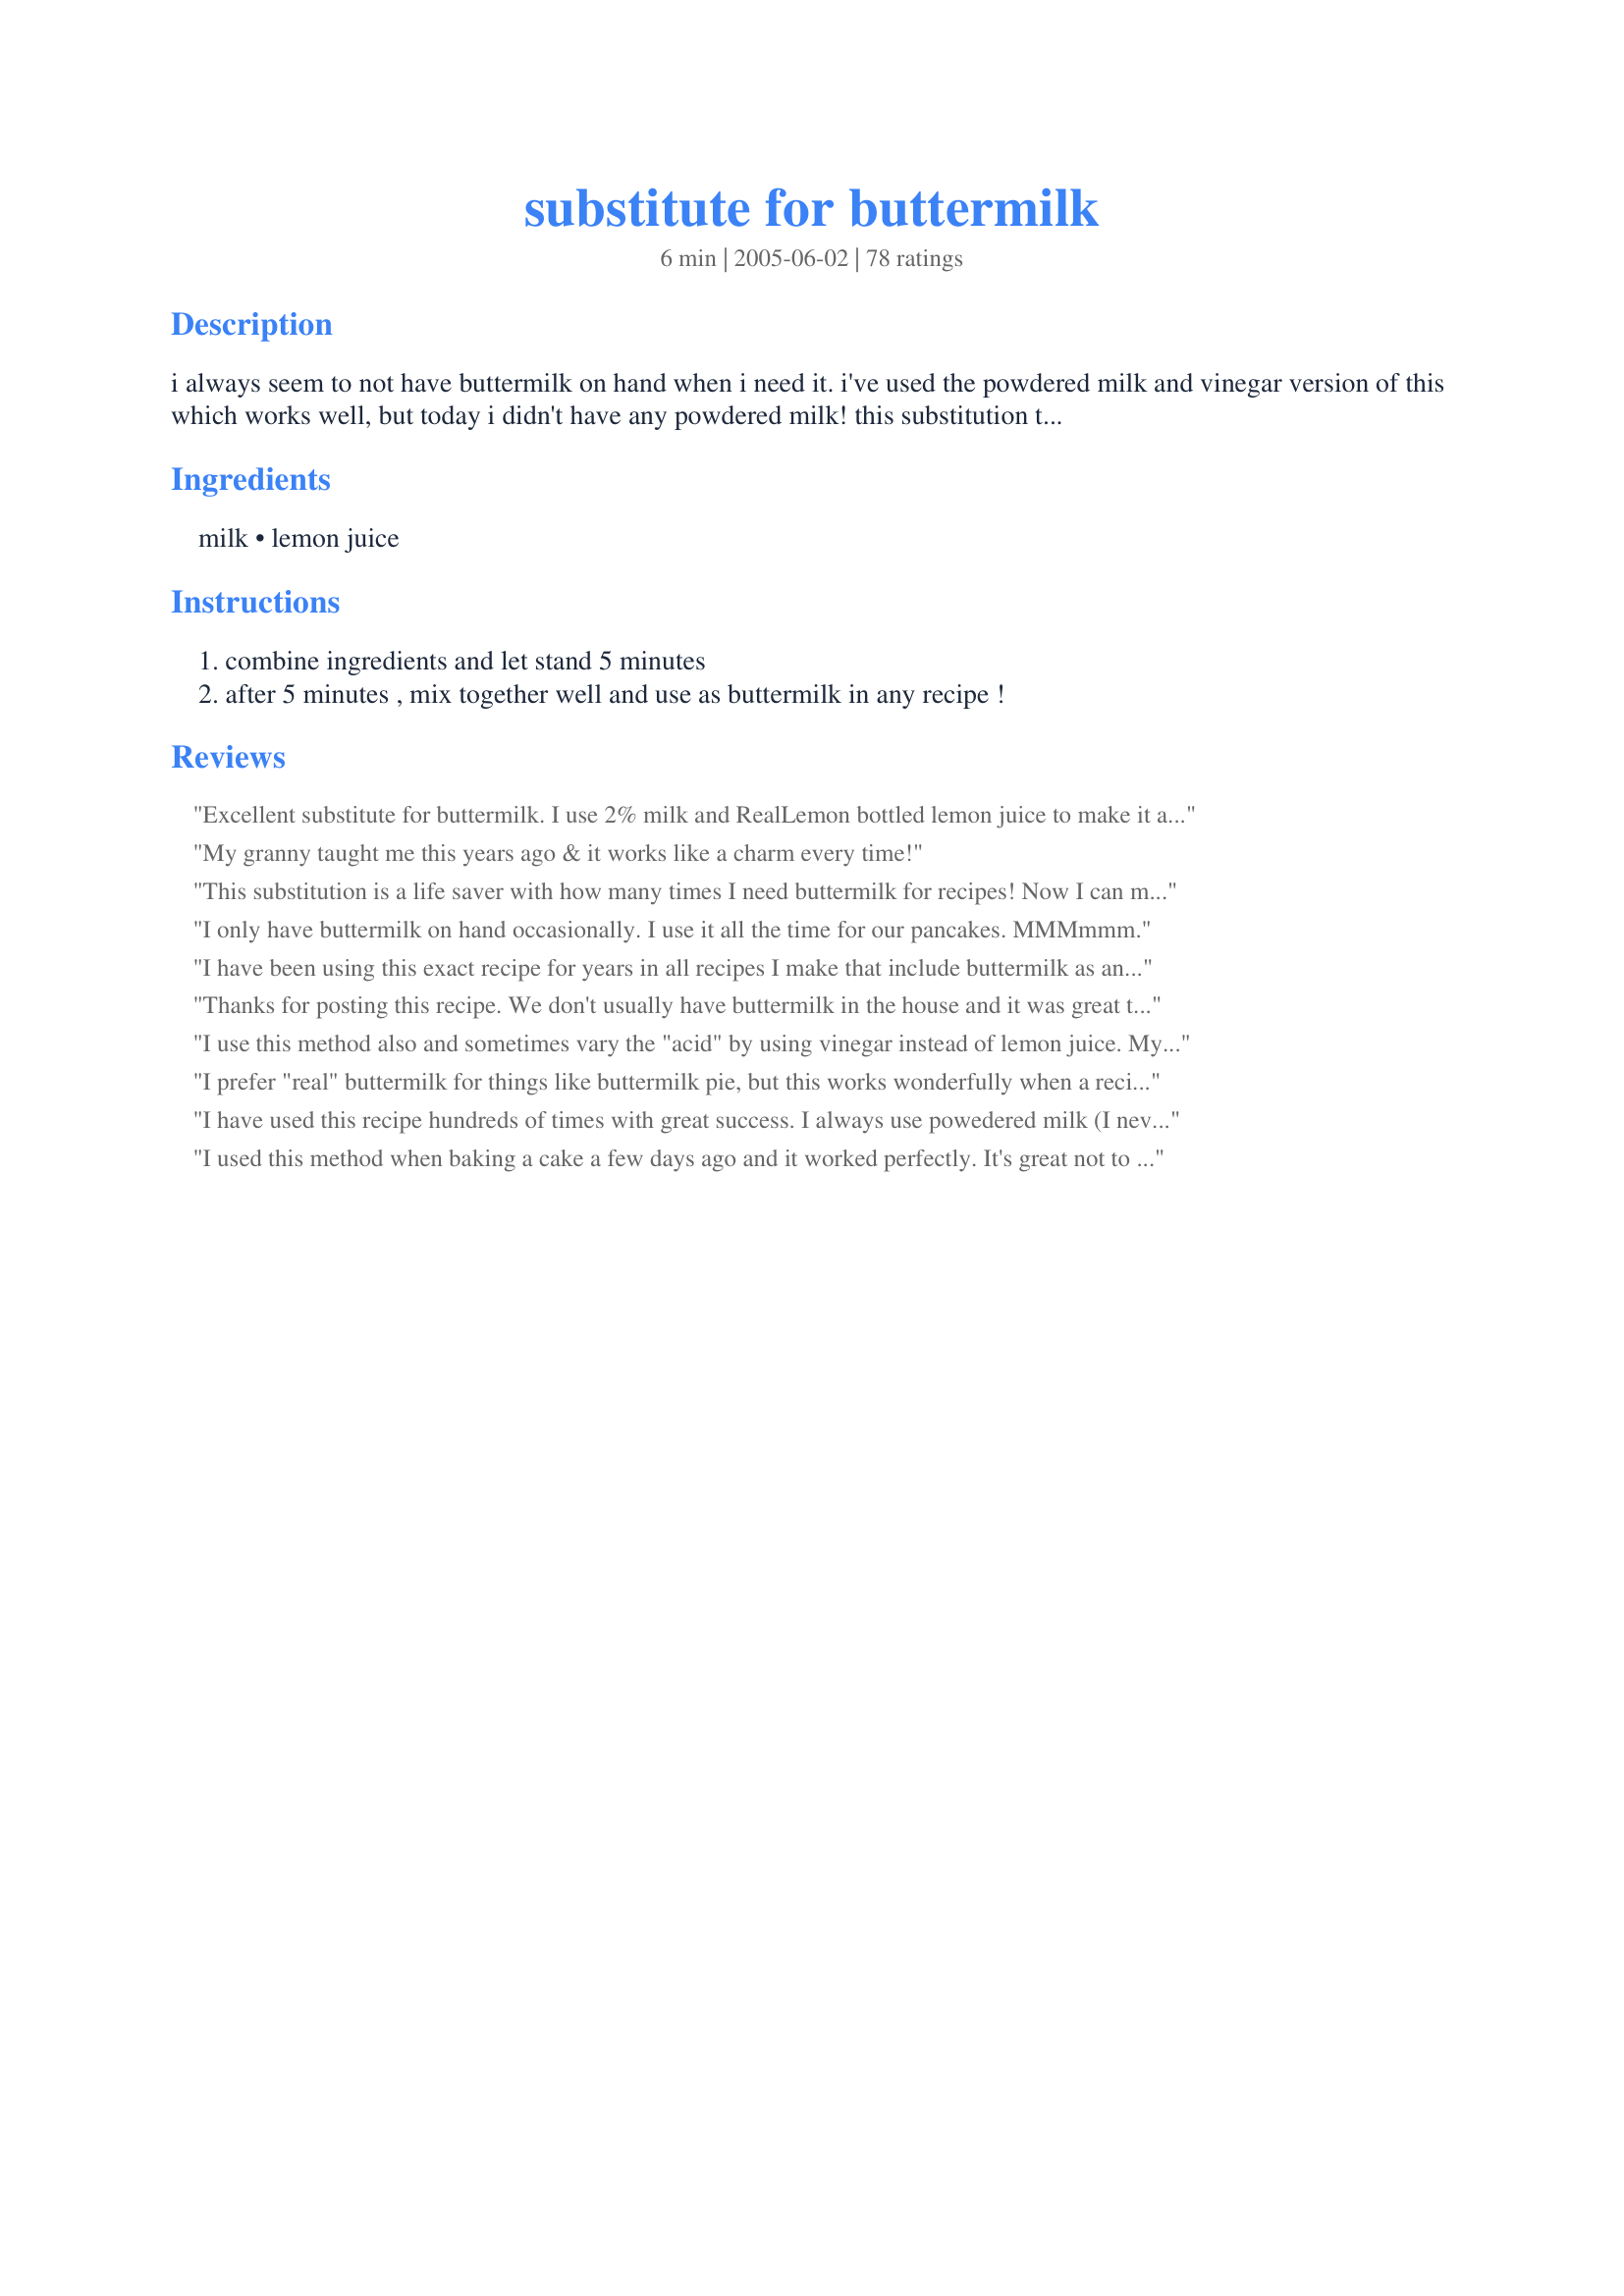
substitute for buttermilk
Preparation time: 6 minutes

i always seem to not have buttermilk on hand when i need it. i've used the powdered milk and vinegar version of this which works well, but today i didn't have any powdered milk! this substitution that i found on the internet works just as well.

Ingredients:
milk, lemon juice

Steps:
combine ingredients and let stand 5 minutes, after 5 minutes , mix together well and use as buttermilk in any recipe !

Reviews:
Excellent substitute for buttermilk. I use 2% milk and RealLemon bottled lemon juice to make it and use it all the time in baking recipes. I don't buy buttermilk because my family doesn't care to drink it and it would get wasted. I have printed your recipe and added it to my 'zaar favorites' three-ring binder. Thanks for posting.
My granny taught me this years ago & it works like a charm every time!
This substitution is a life saver with how many times I need buttermilk for recipes! Now I can make them more often thanks to you!
I only have buttermilk on hand occasionally. I use it all the time for our pancakes. MMMmmm.
I have been using this exact recipe for years in all recipes I make that include buttermilk as an ingredient (I always use the lemon juice). It has never failed me. Excellent substitute; thanks for sharing KC_Cooker.
Thanks for posting this recipe. We don't usually have buttermilk in the house and it was great to turn to this recipe when I was making another recipe that required buttermilk. Worked just wonderful, will be using this method again and again. :)
I use this method also and sometimes vary the "acid" by using vinegar instead of lemon juice. My Grandmother taught me this trick years ago. This recipe is definately worth knowing, especially if you are like me and start cooking when the mood strikes rather than after checking the pantry. Thanks!!
I prefer "real" buttermilk for things like buttermilk pie, but this works wonderfully when a recipe calls for 1/4 c., and I just refuse to buy a whole carton of buttermilk just to toss it out. 

I never thought of it as a "recipe". lol I've done this for centuries and it works!!
I have used this recipe hundreds of times with great success. I always use powedered milk (I never cook with fresh milk due to cost), it still works everytime. I do think room temp. milk is better, but that is my preferance. Thanks for posting!!!
I used this method when baking a cake a few days ago and it worked perfectly. It's great not to have to buy buttermilk when I usually don't have it on hand because I use it so little.
I will admit, I have never bought buttermilk and have no idea as to what it tastes like. I was making Recipe #97359 and needed buttermilk. I went searching for a buttermilk recipe and came across this one. I used lemon. I let it sit for ten minutes then added it to my recipe. I will use this again if I ever need a buttermilk recipe.
Used this for Recipe #90693 with great success. However, I had to make some modification. First, I used 1% milk with 1 tbsp fresh lemon juice but somehow the mixture did not thicken up like buttermilk should be. So I added 1/2 tsp of white wine vinegar which solved the problem.
I also never seem to have buttermilk on hand. This worked great, & I saved a trip to the store. Will definitely be using this again. Thanks for posting!
I have to say, I use this all the time because I never have buttermilk around and it works every time!!
This is a great lifesaver for baking recipes that only call for a small amount of buttermilk. I wouldn't attempt a buttermilk salad dressing or other recipe that used a large quantity of buttermilk...I would want the real thing in those instances. However, this is a great tip for small uses. Thanks for posting.
Ahhh, You have no idea how many times this has saved me from running to the store in the middle of making something that calls for buttermilk.. THANK YOU THANK YOU THANK YOU :)
I have been using this recipe for ever in my baking because I never have real buttermilk on hand either. This is also called sour milk. and works beautifully.
I tried this today in Buttermilk Dressing and it worked out great.
This works like a charm! I have used it so many many many times and it has "ALWAYS" been a success :) Now, I don't even bother to look for the buttermilk. I make this and I am truly a satisfied chef :)
Yep. This is the one I use as well.
I hate buying a whole container of buttermilk when I only need 1/2 cup for the chocolate cake I like to make. Thanks so much for posting this KC, it came in really handy last night....I didn't have to go out into the brutal heat (to shop) and I'm not wasting nearly a quart of buttermilk!
Yes, my mom taught us this when we were kids. We baked a lot. This is perfect for quick breads like banana or zucchini, any muffin recipes or pancake type recipes that call for either sour milk or buttermilk. The vinegar and lemon work equally well. I think my mom taught us to let the mixture sit for about 20-30 min until we could see that the milk was curdling a bit, that's what you want. This is definitely for baking, not for fresh buttermilk dressings. I love buttermilk on fresh fruit..but I would never even consider this for something like that...only baking, in my opinion.
Just what I was looking for and easy to find too!
This works really well! I've made this several times when baking, using 1 tbsp vinegar each time. There's no need to buy real buttermilk when you can make your own. Thanks a lot.
I used this for Recipe #56 and it turned out perfectly. I did allow the milk to set for at least 30 minutes, while I browsed zaar for more recipes. Thanks for the easy recipe!!
This works great for baking and I use it often when making pancakes. Thanks!
I have used this recipe several times now and have not seen much of a difference from using real buttermilk. Thank you KC_Cooker for posting this recipe!
Seems to have worked pretty good when I needed it.
I'm sure like everyone else, I was a little hesitant to put vinegar in a dessert. However, it did not change anything in the outcome. Thanks so much for this!
Thank You so much. This is a lifesaver. I never buy buttermilk unless I plan ahead and this way I don't have to run to the store. Thank You very much
Worked like a charm!!!
A very handy tip coz I just start baking without checking if I have the ingredients. Once I even used it instead of yogurt and it worked fine.
Thanks for a great tip! Instead of buying buttermilk I use this now.
Thank you! I am so glad I had this recipe for our Christmas morning waffles. We forgot to buy the traditional buttermilk.!
If you warm the milk in the microwave for about 30 seconds, then add the vinegar or lemon juice it will be sour and ready to use immediately :-)
I have always used this for my banana bread recipe and never thought of using buttermilk. Its not available here in our place anyways.
Worked great! Thank you!
I used this as a marinade for my buttermilk fried chicken (which is a very unforgiving way to use a substitution) but it was perfect! Thanks for posting this lifesaver!
I've been doing it this way since I first got married, almost 40 years ago. Even with cakes that call for it and they always turn out moist and delicious!
Worked like a charm! Used white vinegar!
worked like a charm! banana nut bread, here we come! :)
Why buy buttermilk when you can make it!!! I eyeball 1T then add the milk to make one cup. Half the time I am in such a rush that I don't even let it sit. Turns out great...you wouldn't even know the difference!!
This was something my mom taught me long ago. Nice to see it in print. I'm trying to compose all of my recipes & tips so I was glad to see someone already penned this one down! I always use vinegar and it works great. I've never even bought buttermilk so can't compare. Don't see the need to waste a purchase for the small amount I need from time to time for biscuits, etc. Thanks!
Thank you for posting this recipe! I usually always have buttermilk around for Ranch Dressing.....but today NOT! Will never reach for the real stuff again, when baking!
I use this all the time for buttermilk in most recipes. Love it!
Thanks for posting this, i never knew you could make a substitute for buttermilk and it's so easy! Everything i have used this in so far, taste just as good as when i use store bought buttermilk. Thank you KC Cooker.
Came in handy! Thanks for sharing!!!! I'll always do this since I don't like to drink buttermilk and hate to use a little for a recipe and then throw the rest out. Now I can make just the amount I need ;)
This is exactly the way I make buttermilk, which I never purchase (who needs to with this substitute?!). I like to use fat-free milk and have never had any problems. I always use lemon juice as opposed to vinegar simply because the smell of vinegar repulses me. ;)
I use this every time I need buttermilk. It has always worked for me.
I use this all the time works perfectly. Thanks for posting.
Lisa
I never have buttermilk on hand when I need it! This worked wonderful for recipe#197664. I may have added a little extra lemon juice. It got very nice and thick. Thanks for the helpful substitute!
I use this constantly and never rated it! I hate buying buttermilk for baking and then always having half a carton left with nothing to use it for. Now I don&#039;t bother and just make this! Thanks:)
Thank you so muchKC.Not only did it work in my dumpling recipe but also saved me money-and no waste(usually i end up throwing out buttermilk because i don't use it very often and i can only buy it in larger quantity than i need).
It is great to have this substitute recipe. I never have buttermilk in the house. We could not tell the difference. Works Great! Thanks a lot...
thanks for the tip now i can make my buttermilk ranch dip with out having to by butter milk
This combo has saved my neck a couple times! It works well in most baked goods that call for some buttermilk, even though I've found a few recipes that it doesn't work in. A good standby in a pinch!
although i have been doing this for years since it was in my substitute section of my first betty crocker cookbook. this does work in a pinch. But ofcourse use the real thing when you can.
I had a recipe I wanted to try for Cornbread recipe#203776 but one of the ingredients was buttermilk. I didn't have any on hand, which alway's seems to be the case :), and I thought I saw a recipe here for a substitute so I rushed here and printed this out and gave it a shot. It worked out perfectly! Definately a handy recipe to hang onto. Thank's so much for posting!
I have used this for many. many years.
I first learned about from my scoutmaster some ( let us just say many ) years ago.

I use this when making "Beef Stroganof" in place of sour cream also.

Glad to see other use this too!
Hey, I never knew about this! I really could have used this trick over the years...Thank you for posting this, KC!
I've used this recipe several times now and it is great, so much cheaper than buying buttermilk and the bonus is you can make the quantity you need so no waste. Thank you KC_Cooker
I use vinegar instead also. It's great not to have to run to the store for one item but also because I only use buttermilk a cup here and a cup there for baking so when I use to buy it , it would always go bad before I could use it all!! This way is so much smarter, great tip to post!!!
I use this often since I rarely remember to buy buttermilk... easy to prepare with ingredients I always have in the house!!! Thanks for posting!
Thanks this recipe sure did save me in a pinch. Will use again.
Thank you so much for sharing this! I never ever ever buy buttermilk, mostly because I don't use it that often. So when I have a recipe (for baking only!) that calls for it, I can just whip this up and it works perfectly!
I had to use this recipe this morning. I made belgian waffles and did not have any buttermilk. I let mine sit for 20-30 minutes PERFECT ! Thanks
I made Itty Bitty Pound Cake #88291 and only needed 7 teaspoons of buttermilk....this was perfect! Thanks so much!
Can I use almond milk?
Bad planning necessitated that I scramble for a buttermilk substitute. Thank you!
This is the baking substitute I learned in jr high home-ec and still use after all (!) these years; tried and true in my book!
Thank you for the very convenient substitution. I made mine with 2% milk and lemon juice for some jalepeno corn bread. The recipe turned out very well.


Not that this needs more reviews...but it works so well. :) I have used this to replace buttermilk in muffins, cakes, all sorts of things.
Not as good as actual buttermilk, but I had no other choice to use it.
I&#039;ve never bought buttermilk but I think this mix never fails to achieve the taste I need for my coleslaw
Worked great! Thanks! I almost never have buttermilk and the powdered mix is just NOT the same. This is a nice substitute.
This was a recipe saver! I only needed 1/3 cup buttermilk so I reduced the amount by guessing. I used a heated glass cup and the curdling started right away. I still let it sit about 15 minutes. I made scones with it and they turned out fabulous! Thank you so much!
I used this for 2 different cakes using non-fat milk and they both turned out perfectly! Thank you for the recipe!
I used this to make Buttermilk Biscuits Recipe #117167. An absolute life saver. Sometimes I heat the lemon for a short while in the pre-heating oven. This gives me more juice. Just make sure the oven isn't too hot and the lemon is straight out of the fridge! And Buttermilk is very expensive where I am at.
